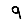
Digit: 9